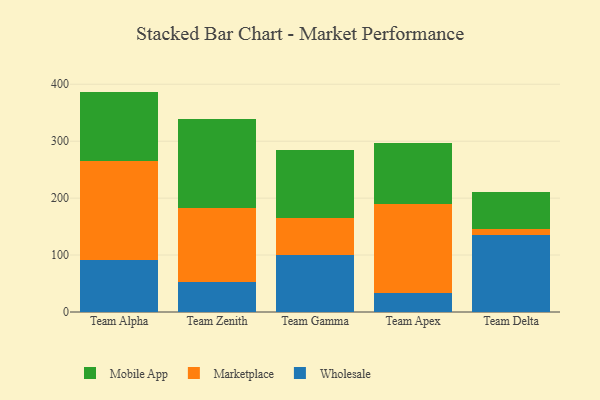
{"axis": {"x": "Team", "y": "Backlog"}, "legend": ["Marketplace", "Mobile App", "Wholesale"], "data": [{"x": "Team Alpha", "y": 90.8, "type": "Wholesale"}, {"x": "Team Alpha", "y": 174.0, "type": "Marketplace"}, {"x": "Team Alpha", "y": 122.3, "type": "Mobile App"}, {"x": "Team Zenith", "y": 52.2, "type": "Wholesale"}, {"x": "Team Zenith", "y": 129.7, "type": "Marketplace"}, {"x": "Team Zenith", "y": 157.3, "type": "Mobile App"}, {"x": "Team Gamma", "y": 100.8, "type": "Wholesale"}, {"x": "Team Gamma", "y": 64.1, "type": "Marketplace"}, {"x": "Team Gamma", "y": 120.2, "type": "Mobile App"}, {"x": "Team Apex", "y": 33.0, "type": "Wholesale"}, {"x": "Team Apex", "y": 156.9, "type": "Marketplace"}, {"x": "Team Apex", "y": 107.2, "type": "Mobile App"}, {"x": "Team Delta", "y": 135.1, "type": "Wholesale"}, {"x": "Team Delta", "y": 11.5, "type": "Marketplace"}, {"x": "Team Delta", "y": 64.2, "type": "Mobile App"}]}